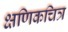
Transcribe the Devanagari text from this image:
क्षणिकचित्र